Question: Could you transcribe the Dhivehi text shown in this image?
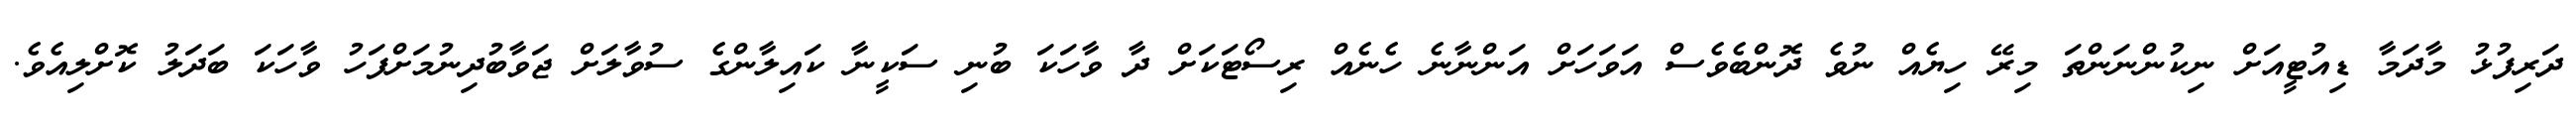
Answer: ދަރިފުޅު މާދަމާ ޑިއުޓީއަށް ނިކުންނަންތަ މިރޭ ހިޔެއް ނުވެ ދޮންބެވެސް އަވަހަށް އަންނާނެ ހެނެއް ރިސޯޓަކަށް ދާ ވާހަކަ ބުނި ސަކީނާ ކައިލާންގެ ސުވާލަށް ޖަވާބުދިނުމަށްފަހު ވާހަކަ ބަދަލު ކޮށްލިއެވެ.